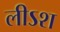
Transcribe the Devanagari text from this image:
लीऽश